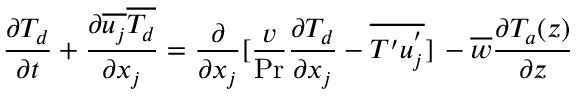
\frac { \partial T _ { d } } { \partial t } + \frac { \partial \overline { { u _ { j } } } \overline { { T _ { d } } } } { \partial x _ { j } } = \frac { \partial } { \partial x _ { j } } { [ } \frac { v } { \operatorname* { P r } } \frac { \partial T _ { d } } { \partial x _ { j } } - \overline { { T ^ { \prime } u _ { j } ^ { ' } } } \rbrack { } \, - \overline { { w } } \frac { \partial T _ { a } ( z ) } { \partial z }